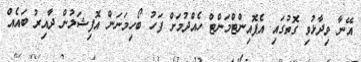
އޭނާ ވިދާޅުވި ގޮތުގައި އެޕޮއިންޓްމަންޓް ހެއްދުމަށް ފަހު ބޯހިމަނަން އޮފިޝަލުން ދާއިރު ބައެއް